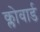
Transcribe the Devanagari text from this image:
क्लोवार्ड